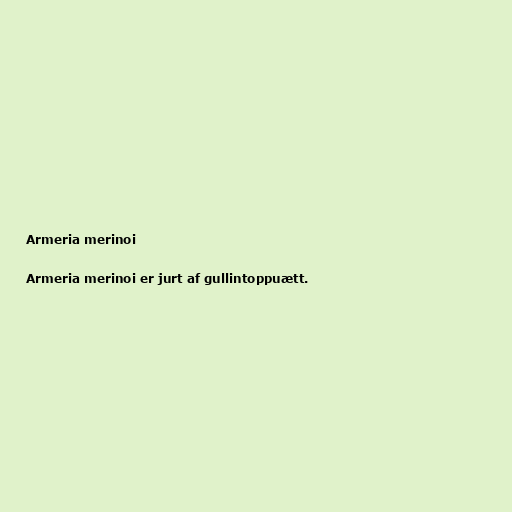
Armeria merinoi

Armeria merinoi er jurt af gullintoppuætt.